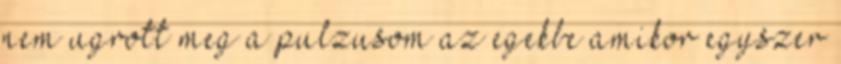
nem ugrott meg a pulzusom az egekbe amikor egyszer